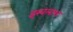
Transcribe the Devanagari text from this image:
इखलाश